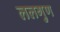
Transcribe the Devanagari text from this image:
ललगुण